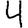
Digit: 4